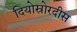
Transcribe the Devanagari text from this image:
दियोस्रोरदीस